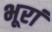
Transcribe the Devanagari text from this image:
भूरां